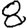
Digit: 8